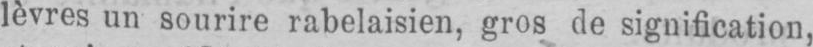
lèvres un sourire rabelaisien, gros de signification,